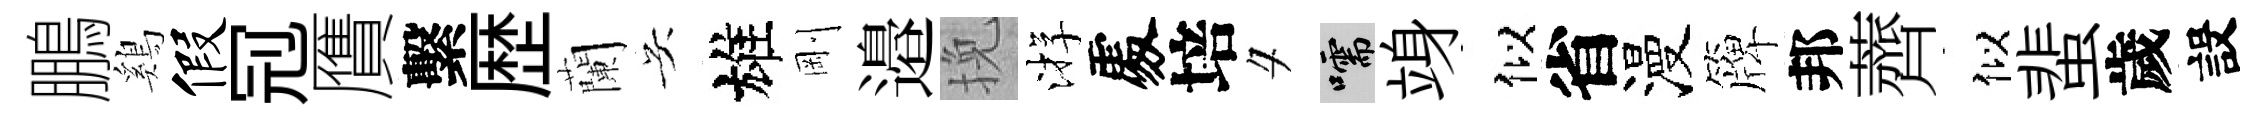
鵬鷄假𠜍贋繫歴蘭吴雄剛邉挽㳺𠁅培夕嚅竧似省漫簰邦薺似蜚歲設